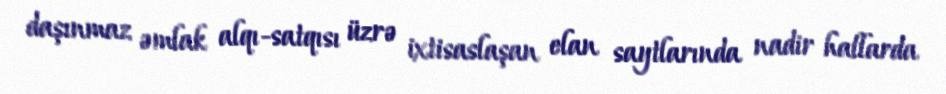
daşınmaz əmlak alqı-satqısı üzrə ixtisaslaşan elan saytlarında nadir hallarda